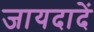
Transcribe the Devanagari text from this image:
जायदादें